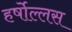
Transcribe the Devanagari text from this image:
हर्षोल्लस